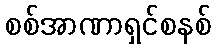
စစ်အာဏာရှင်စနစ်